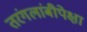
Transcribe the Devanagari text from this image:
तरंगलांबीपेक्षा